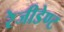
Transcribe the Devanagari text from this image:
रेजीडेण्ट